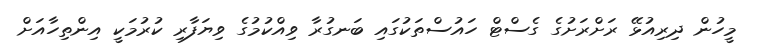
މީހުން ދިރިއުޅޭ ރަށްރަށުގެ ގެސްޓް ހައުސްތަކުގައި ބަނގުރާ ވިއްކުމުގެ ވިޔަފާރި ކުރުމަކީ އިންތިހާއަށް